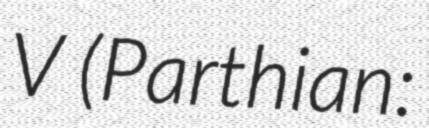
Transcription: V (Parthian: